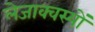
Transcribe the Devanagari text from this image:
लेजाक्वस्यों